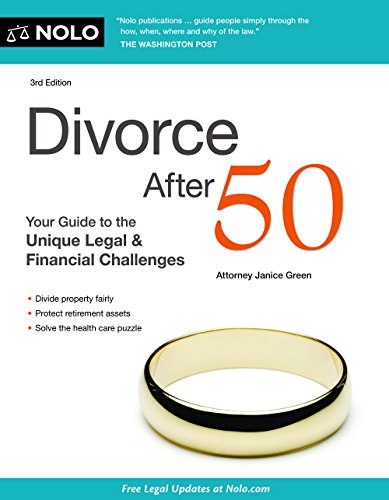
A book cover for Divorce After 50: Your Guide to the Unique Legal and Financial Challenges; Janice Green Attorney; Law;